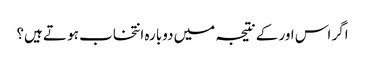
اگر اس اور کے نتیجہ میں دوبارہ انتخاب ہو تے ہیں؟